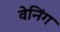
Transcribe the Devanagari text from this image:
वेनिंग